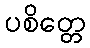
ပစိတ္တေ